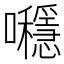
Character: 𡅯